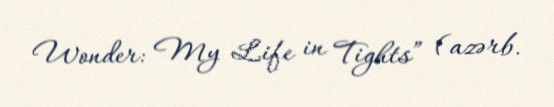
Wonder: My Life in Tights” (azərb.